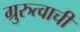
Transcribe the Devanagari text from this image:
ग्रुरुत्वाची